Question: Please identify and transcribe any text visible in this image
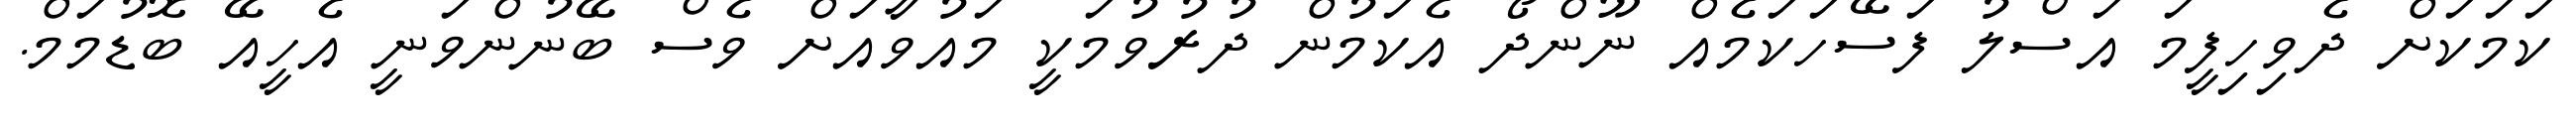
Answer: ކަމަކަށް ދެވިހިފީމަ އަސްލު ފަސޭހަކަމެއް ނޫންދޯ އެކަމުން ދުރުވުމަކީ މައުވާއަށް ވެސް ބޭނުންވަނީ އެހީއޭ ބޮޑުމަމް.